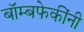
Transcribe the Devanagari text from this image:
बॉम्बफेकींनी